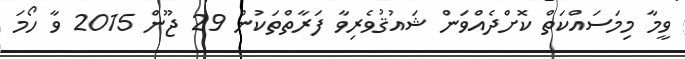
ވީމާ މިމަސައްކަތް ކޮށްދެއްވަން ޝައުޤުވެރިވާ ފަރާތްތަކުން 29 ޖޫން 2015 ވާ ހޯމަ